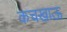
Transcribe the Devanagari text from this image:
कचखाऊ